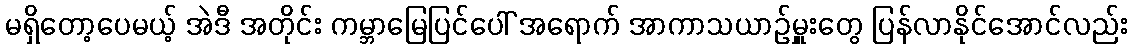
မရှိတော့ပေမယ့် အဲဒီ အတိုင်း ကမ္ဘာမြေပြင်ပေါ် အရောက် အာကာသယာဉ်မှူးတွေ ပြန်လာနိုင်အောင်လည်း